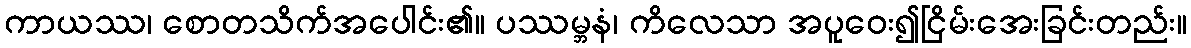
ကာယဿ၊ စောတသိက်အပေါင်း၏။ ပဿမ္ဘနံ၊ ကိလေသာ အပူဝေး၍ငြိမ်းအေးခြင်းတည်း။